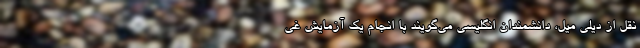
نقل از دیلی میل، دانشمندان انگلیسی می‌گویند با انجام یک آزمایش غی